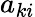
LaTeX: a_{ki}